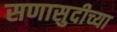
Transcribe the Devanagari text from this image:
सणासुदीच्या